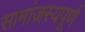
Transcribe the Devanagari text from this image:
सामांजस्यपूर्ण